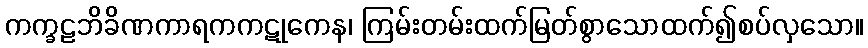
ကက္ခဠဘိခိဏကာရကကဋုကေန၊ ကြမ်းတမ်းထက်မြတ်စွာသောထက်၍စပ်လှသော။